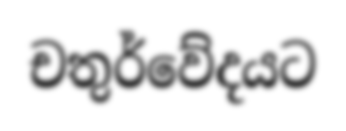
චතුර්වේදයට